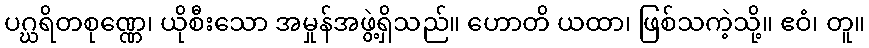
ပဂ္ဃရိတစုဏ္ဏေ၊ ယိုစီးသော အမှုန်အဖွဲ့ရှိသည်။ ဟောတိ ယထာ၊ ဖြစ်သကဲ့သို့။ ဧဝံ၊ တူ။